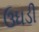
ઉઘડી